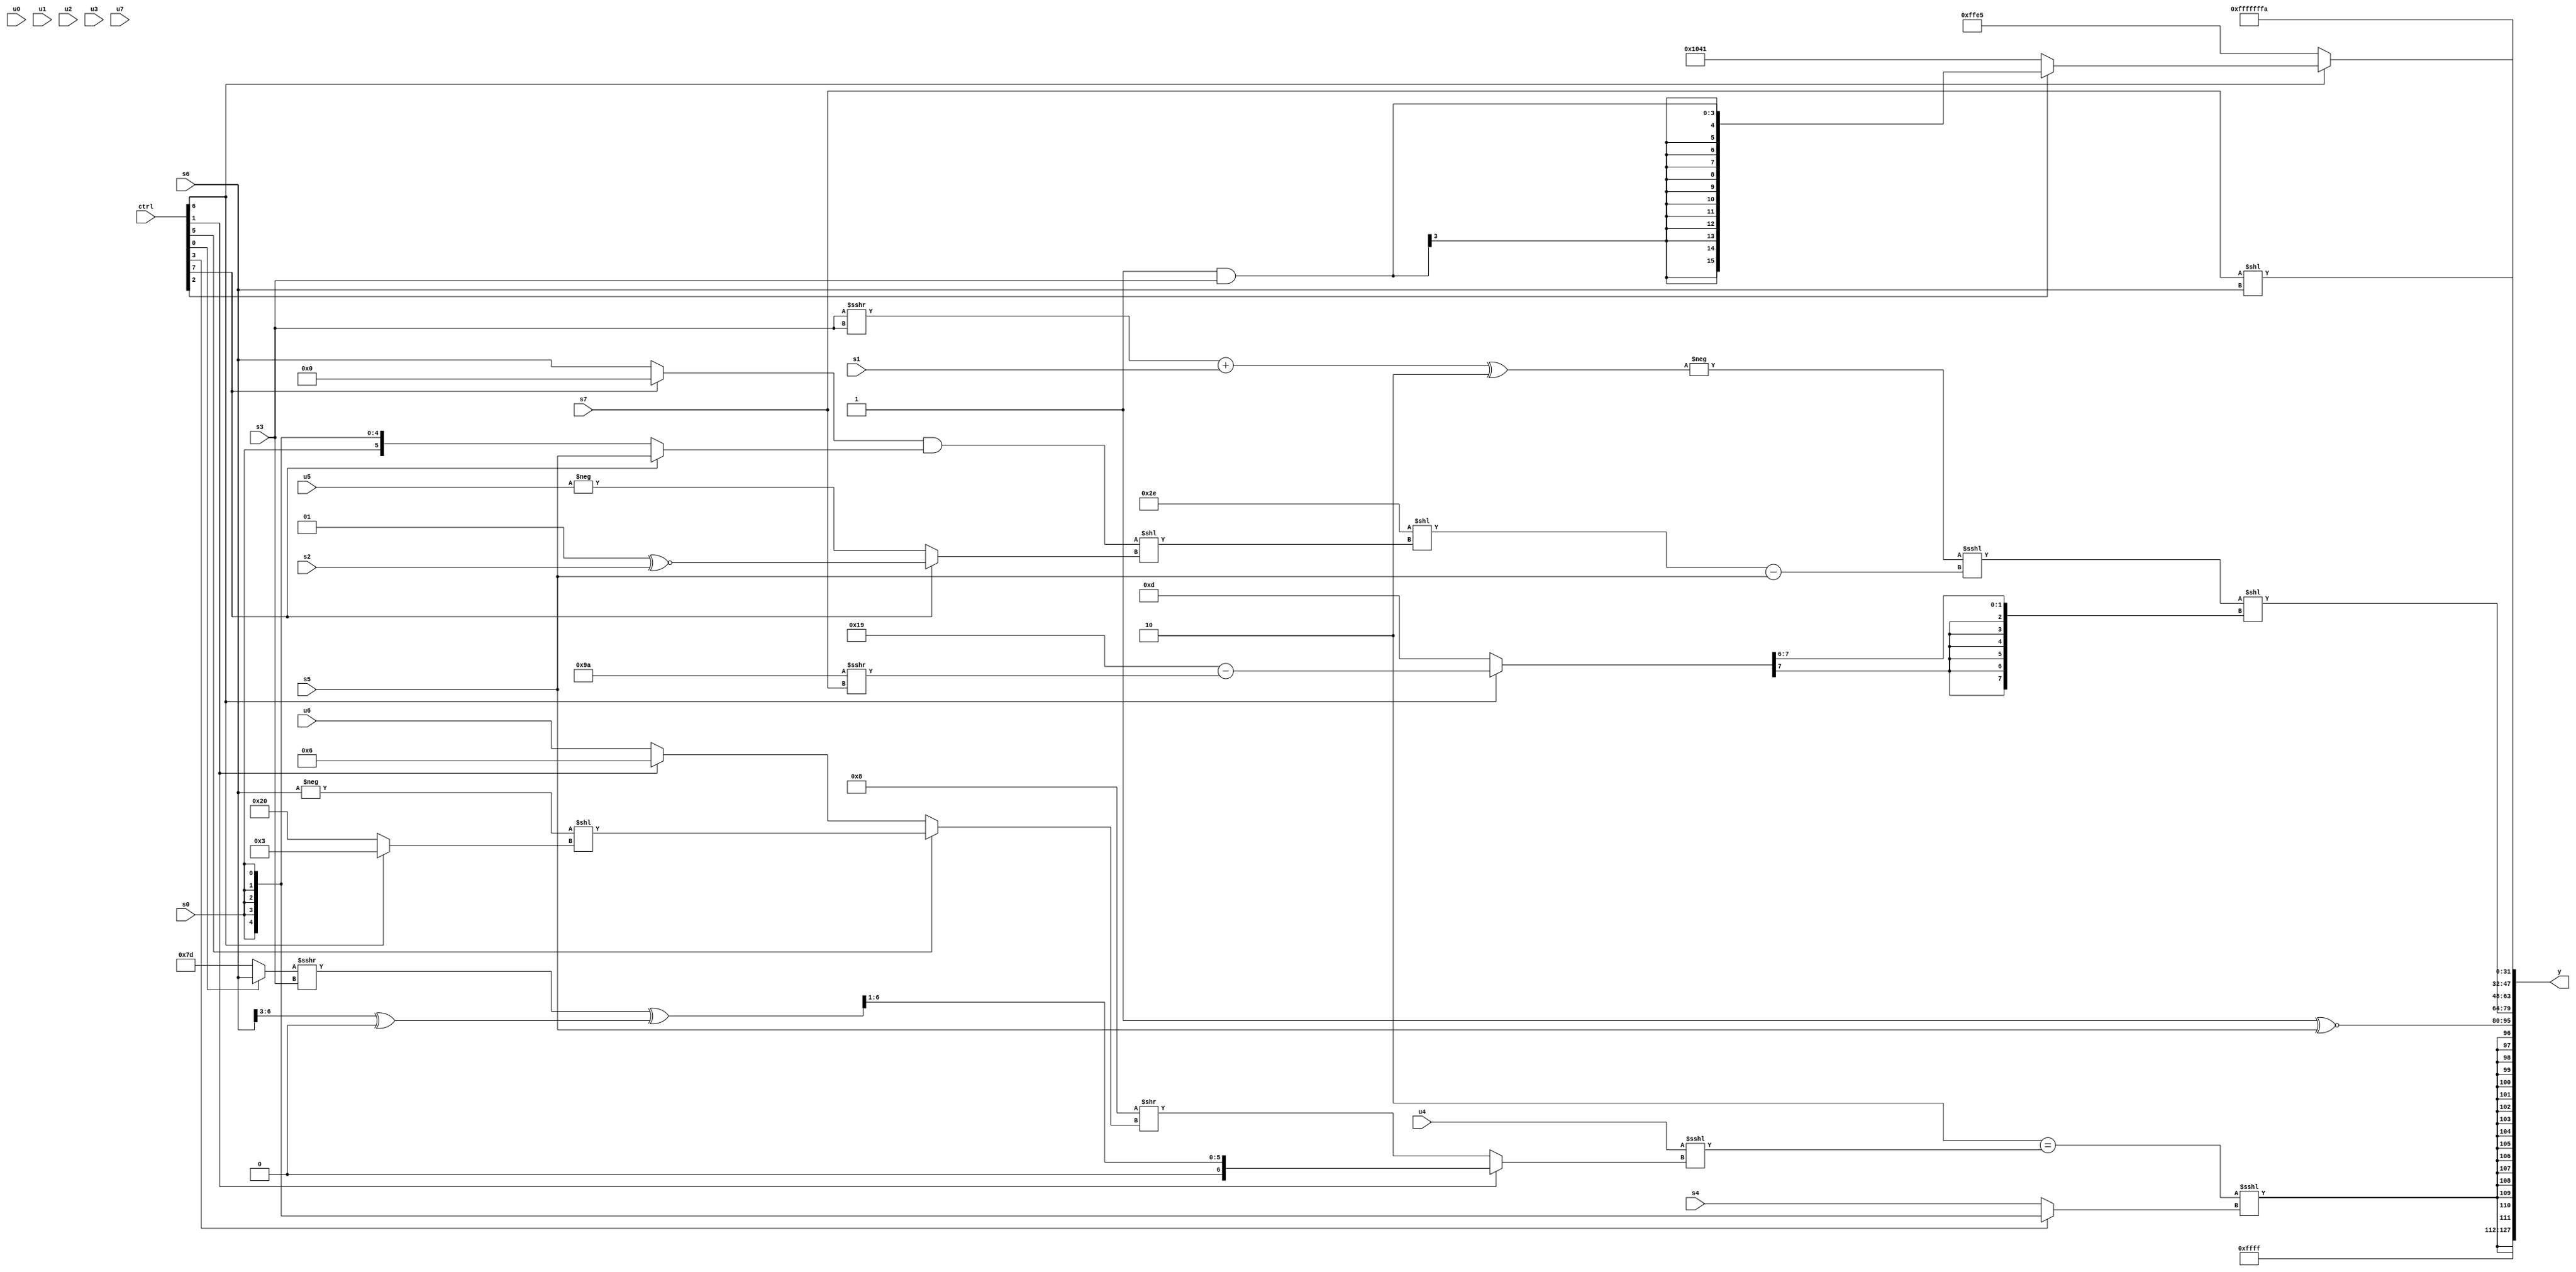
module wideexpr_00501(ctrl, u0, u1, u2, u3, u4, u5, u6, u7, s0, s1, s2, s3, s4, s5, s6, s7, y);
  input [7:0] ctrl;
  input [0:0] u0;
  input [1:0] u1;
  input [2:0] u2;
  input [3:0] u3;
  input [4:0] u4;
  input [5:0] u5;
  input [6:0] u6;
  input [7:0] u7;
  input signed [0:0] s0;
  input signed [1:0] s1;
  input signed [2:0] s2;
  input signed [3:0] s3;
  input signed [4:0] s4;
  input signed [5:0] s5;
  input signed [6:0] s6;
  input signed [7:0] s7;
  output [127:0] y;
  wire [15:0] y0;
  wire [15:0] y1;
  wire [15:0] y2;
  wire [15:0] y3;
  wire [15:0] y4;
  wire [15:0] y5;
  wire [15:0] y6;
  wire [15:0] y7;
  assign y = {y0,y1,y2,y3,y4,y5,y6,y7};
  assign y0 = 3'sb111;
  assign y1 = $signed(((2'sb10)==(($signed(u4))<<<((ctrl[1]?((((ctrl[0]?s6:3'sb101))>>>(s3))^(((s6)>>>(5'sb00011))^(3'sb000)))>>($signed(($signed(4'sb0010))>(6'sb101110))):(($signed(|(2'sb01)))-((2'sb00)^~(5'sb01000)))>>((ctrl[5]?(-(s6))<<((ctrl[6]?5'sb00011:6'sb100000)):$signed((ctrl[1]?4'b0110:u6))))))))<<<((ctrl[3]?s0:s4)));
  assign y2 = (1'sb1)^~(s5);
  assign y3 = (+((+(-(((((s3)>>>(s3))+(s1))^($signed(3'sb110)))>>>({2{-($signed(1'sb0))}}))))<<<(((6'sb101110)<<((+(((ctrl[7]?2'sb00:s6))&((ctrl[7]?s5:s0))))<<((ctrl[7]?(2'sb01)^~(s2):-($signed(u5))))))-(s5))))<<(((ctrl[6]?(6'sb011001)-(($signed(-({2{4'b0110}})))>>>($signed(+(s7)))):6'sb001101))>>>(3'sb110));
  assign y4 = (s7)<<(s6);
  assign y5 = (ctrl[6]?(ctrl[2]?(3'sb111)&(s3):$signed({3{{4{6'b000001}}}})):6'sb100101);
  assign y6 = (2'sb11)|(1'sb0);
  assign y7 = +($signed(6'sb111010));
endmodule